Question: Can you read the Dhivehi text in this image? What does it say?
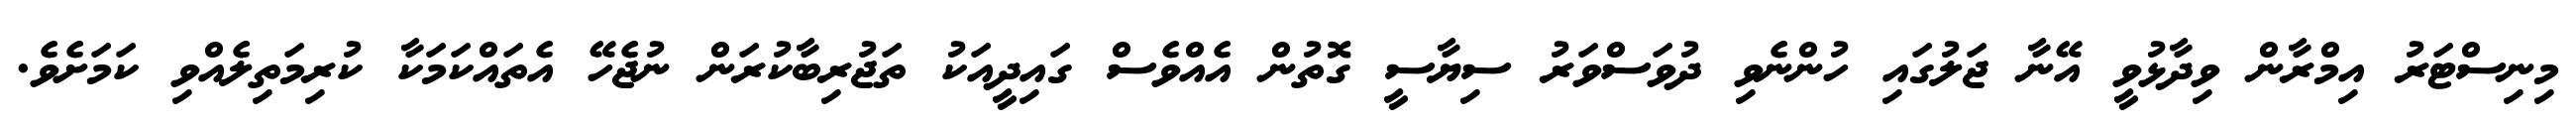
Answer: މިނިސްޓަރު އިމްރާން ވިދާޅުވީ އޭނާ ޖަލުގައި ހުންނެވި ދުވަސްވަރު ސިޔާސީ ގޮތުން އެއްވެސް ގައިދީއަކު ތަޖުރިބާކުރަން ނުޖެހޭ އެތައްކަމަކާ ކުރިމަތިލެއްވި ކަމަށެވެ.